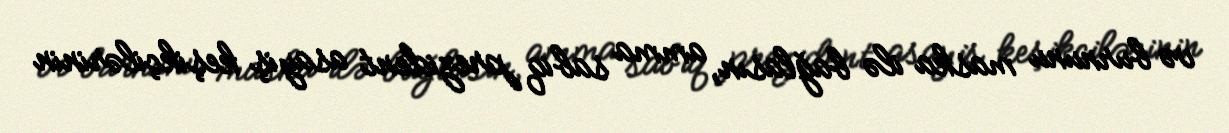
və burnunu maska ilə bağlasın, amma sabiq prezident asayiş keşikçilərinin